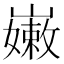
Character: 𡽫